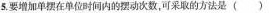
5.要增加单摆在单位时间内的摆动次数，可采取的方法是()